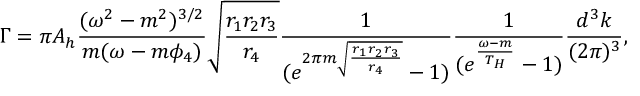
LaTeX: \Gamma = \pi A _ { h } \frac { ( \omega ^ { 2 } - m ^ { 2 } ) ^ { 3 / 2 } } { m ( \omega - m \phi _ { 4 } ) } \sqrt { \frac { r _ { 1 } r _ { 2 } r _ { 3 } } { r _ { 4 } } } \frac { 1 } { ( e ^ { 2 \pi m \sqrt { \frac { r _ { 1 } r _ { 2 } r _ { 3 } } { r _ { 4 } } } } - 1 ) } \frac { 1 } { ( e ^ { \frac { \omega - m } { T _ { H } } } - 1 ) } \frac { d ^ { 3 } k } { ( 2 \pi ) ^ { 3 } } ,